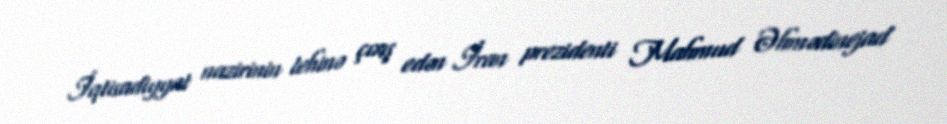
İqtisadiyyat nazirinin lehinə çıxış edən İran prezidenti Mahmud Əhmədinejad